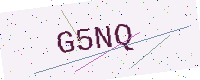
Text: G5NQ